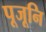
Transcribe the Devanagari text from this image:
पूजूनि